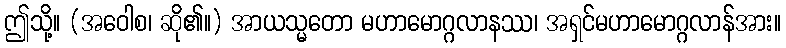
ဤသို့။ (အဝေါစ၊ ဆို၏။) အာယသ္မတော မဟာမောဂ္ဂလာနဿ၊ အရှင်မဟာမောဂ္ဂလာန်အား။